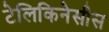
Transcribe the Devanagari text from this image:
टेलिकिनेसीस